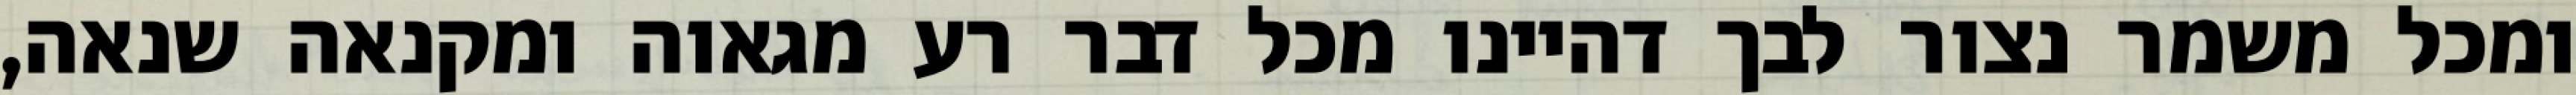
ומכל משמר נצור לבך דהיינו מכל דבר רע מגאוה ומקנאה שנאה,